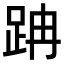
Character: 𨀅